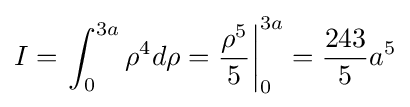
I=\left.\int _{0}^{3a}\rho ^{4}d\rho ={\frac {\rho ^{5}}{5}}\right\vert _{0}^{3a}={\frac {243}{5}}a^{5}